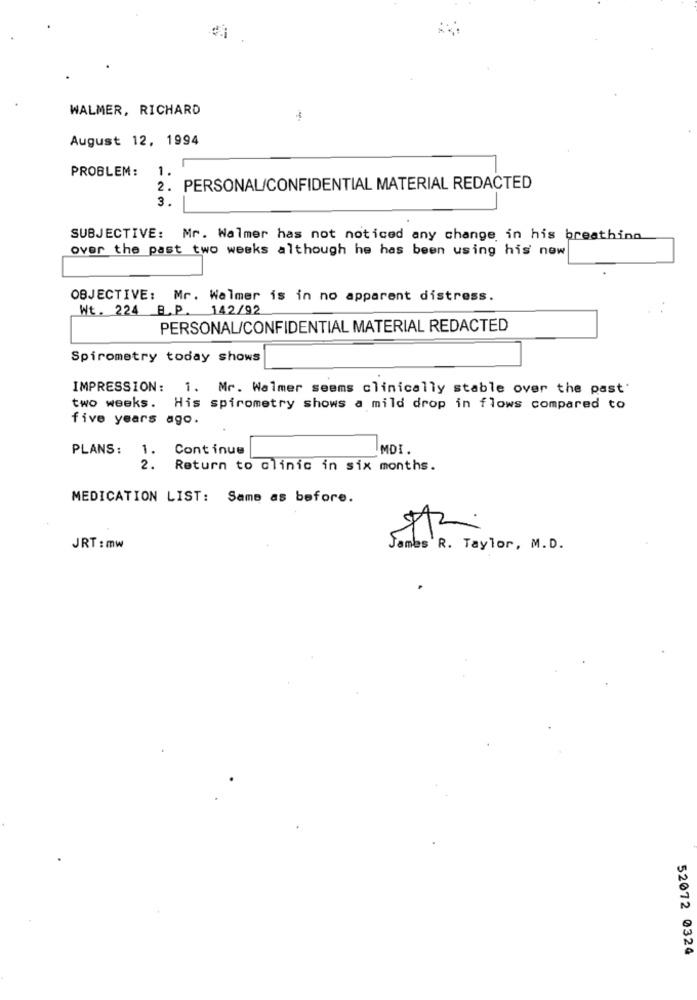
WALMER, RICHARD
August 12, 1994
PROBLEM: 1.
2.
PERSONAL/CONFIDENTIAL MATERIAL REDACTED
3.
SUBJECTIVE: Mr. Walmer has not noticed any change in his breathing
over the past two weeks although he has been using his new
OBJECTIVE: Mr. Walmer is in no apparent distress.
Wt. 224 B.P. 142/92
PERSONAL/CONFIDENTIAL MATERIAL REDACTED
Spirometry today shows
IMPRESSION: 1. Mr. Walmer seems clinically stable over the past'
two weeks. His spirometry shows a mild drop in flows compared to
five years ago.
PLANS:
1. Continue
MDI.
2. Return to clinic in six months.
MEDICATION LIST: Same as before.
JRT : mw
James'R. Taylor, M.D.
52072 0324